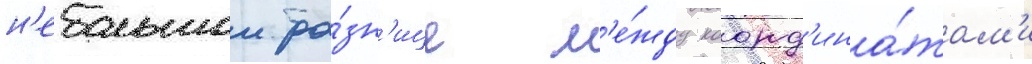
н'ебольшои ра́зн'ице м'е́жду коорд'ина́там'и